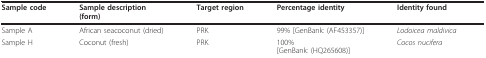
| Sample code | Sample description(form) | Target region | Percentage identity | Identity found |
 | --- | --- | --- | --- | --- |
 | Sample A | African seacoconut (dried) | PRK | 99% [GenBank: (AF453357)] | Lodoicea maldivica |
 | Sample H | Coconut (fresh) | PRK | 100%[GenBank: (HQ265608)] | Cocos nucifera |